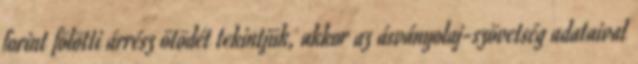
forint fölötti árrész ötödét tekintjük, akkor az ásványolaj-szövetség adataival